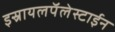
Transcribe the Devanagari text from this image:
इस्रायलपॅलेस्टाईन